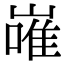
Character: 嶉